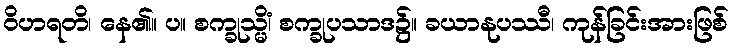
ဝိဟရတိ၊ နေ၏။ ပ။ စက္ခုသ္မိံ၊ စက္ခုပသာဒ၌။ ခယာနုပဿီ၊ ကုန်ခြင်းအားဖြစ်